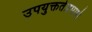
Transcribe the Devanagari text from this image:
उपयुक्ततेप्रमाणे